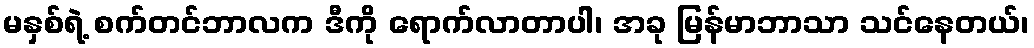
မနှစ်ရဲ့ စက်တင်ဘာလက ဒီကို ရောက်လာတာပါ၊ အခု မြန်မာဘာသာ သင်နေတယ်၊